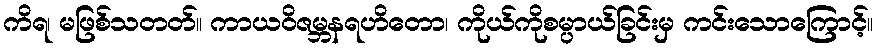
ကိရ၊ မဖြစ်သတတ်။ ကာယဝိဇမ္ဘနရဟိတော၊ ကိုယ်ကိုစမ္ပာယ်ခြင်းမှ ကင်းသောကြောင့်။